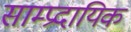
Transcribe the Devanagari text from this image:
साम्‍प्रदायिक